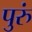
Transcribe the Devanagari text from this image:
पुरुं